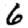
Digit: 6